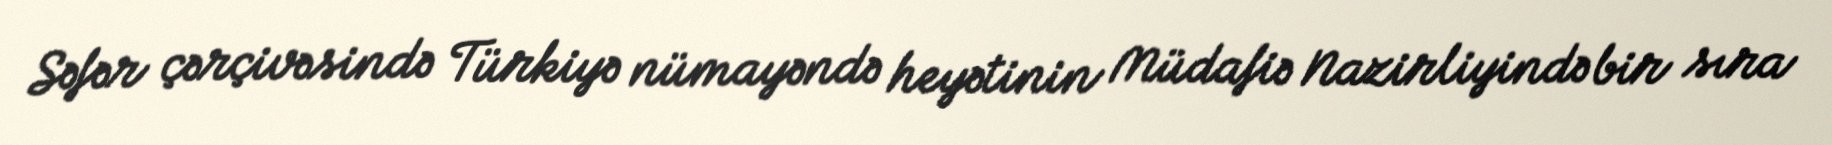
Səfər çərçivəsində Türkiyə nümayəndə heyətinin Müdafiə Nazirliyində bir sıra